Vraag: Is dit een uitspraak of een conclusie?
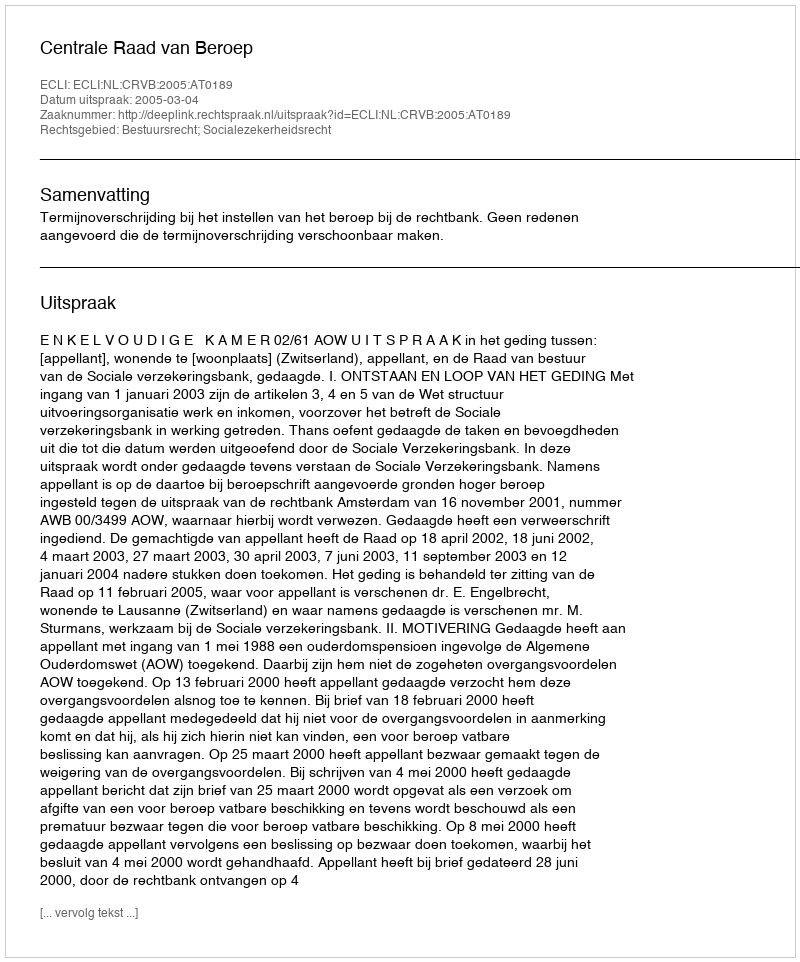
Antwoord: Uitspraak